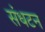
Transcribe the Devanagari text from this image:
संधटन